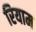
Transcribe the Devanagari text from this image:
रियाम